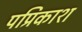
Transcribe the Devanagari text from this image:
पप्रिकाश